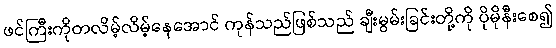
ဖင်ကြီးကိုတလိမ့်လိမ့်နေအောင် ကုန်သည်ဖြစ်သည် ချီးမွမ်းခြင်းတို့ကို ပိုမိုနီးစေ၍